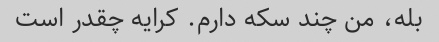
بله، من چند سکه دارم. کرایه چقدر است